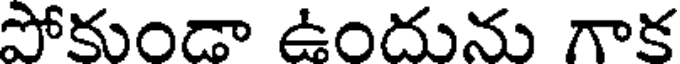
పోకుండా ఉందును గాక